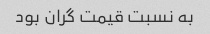
به نسبت قیمت گران بود